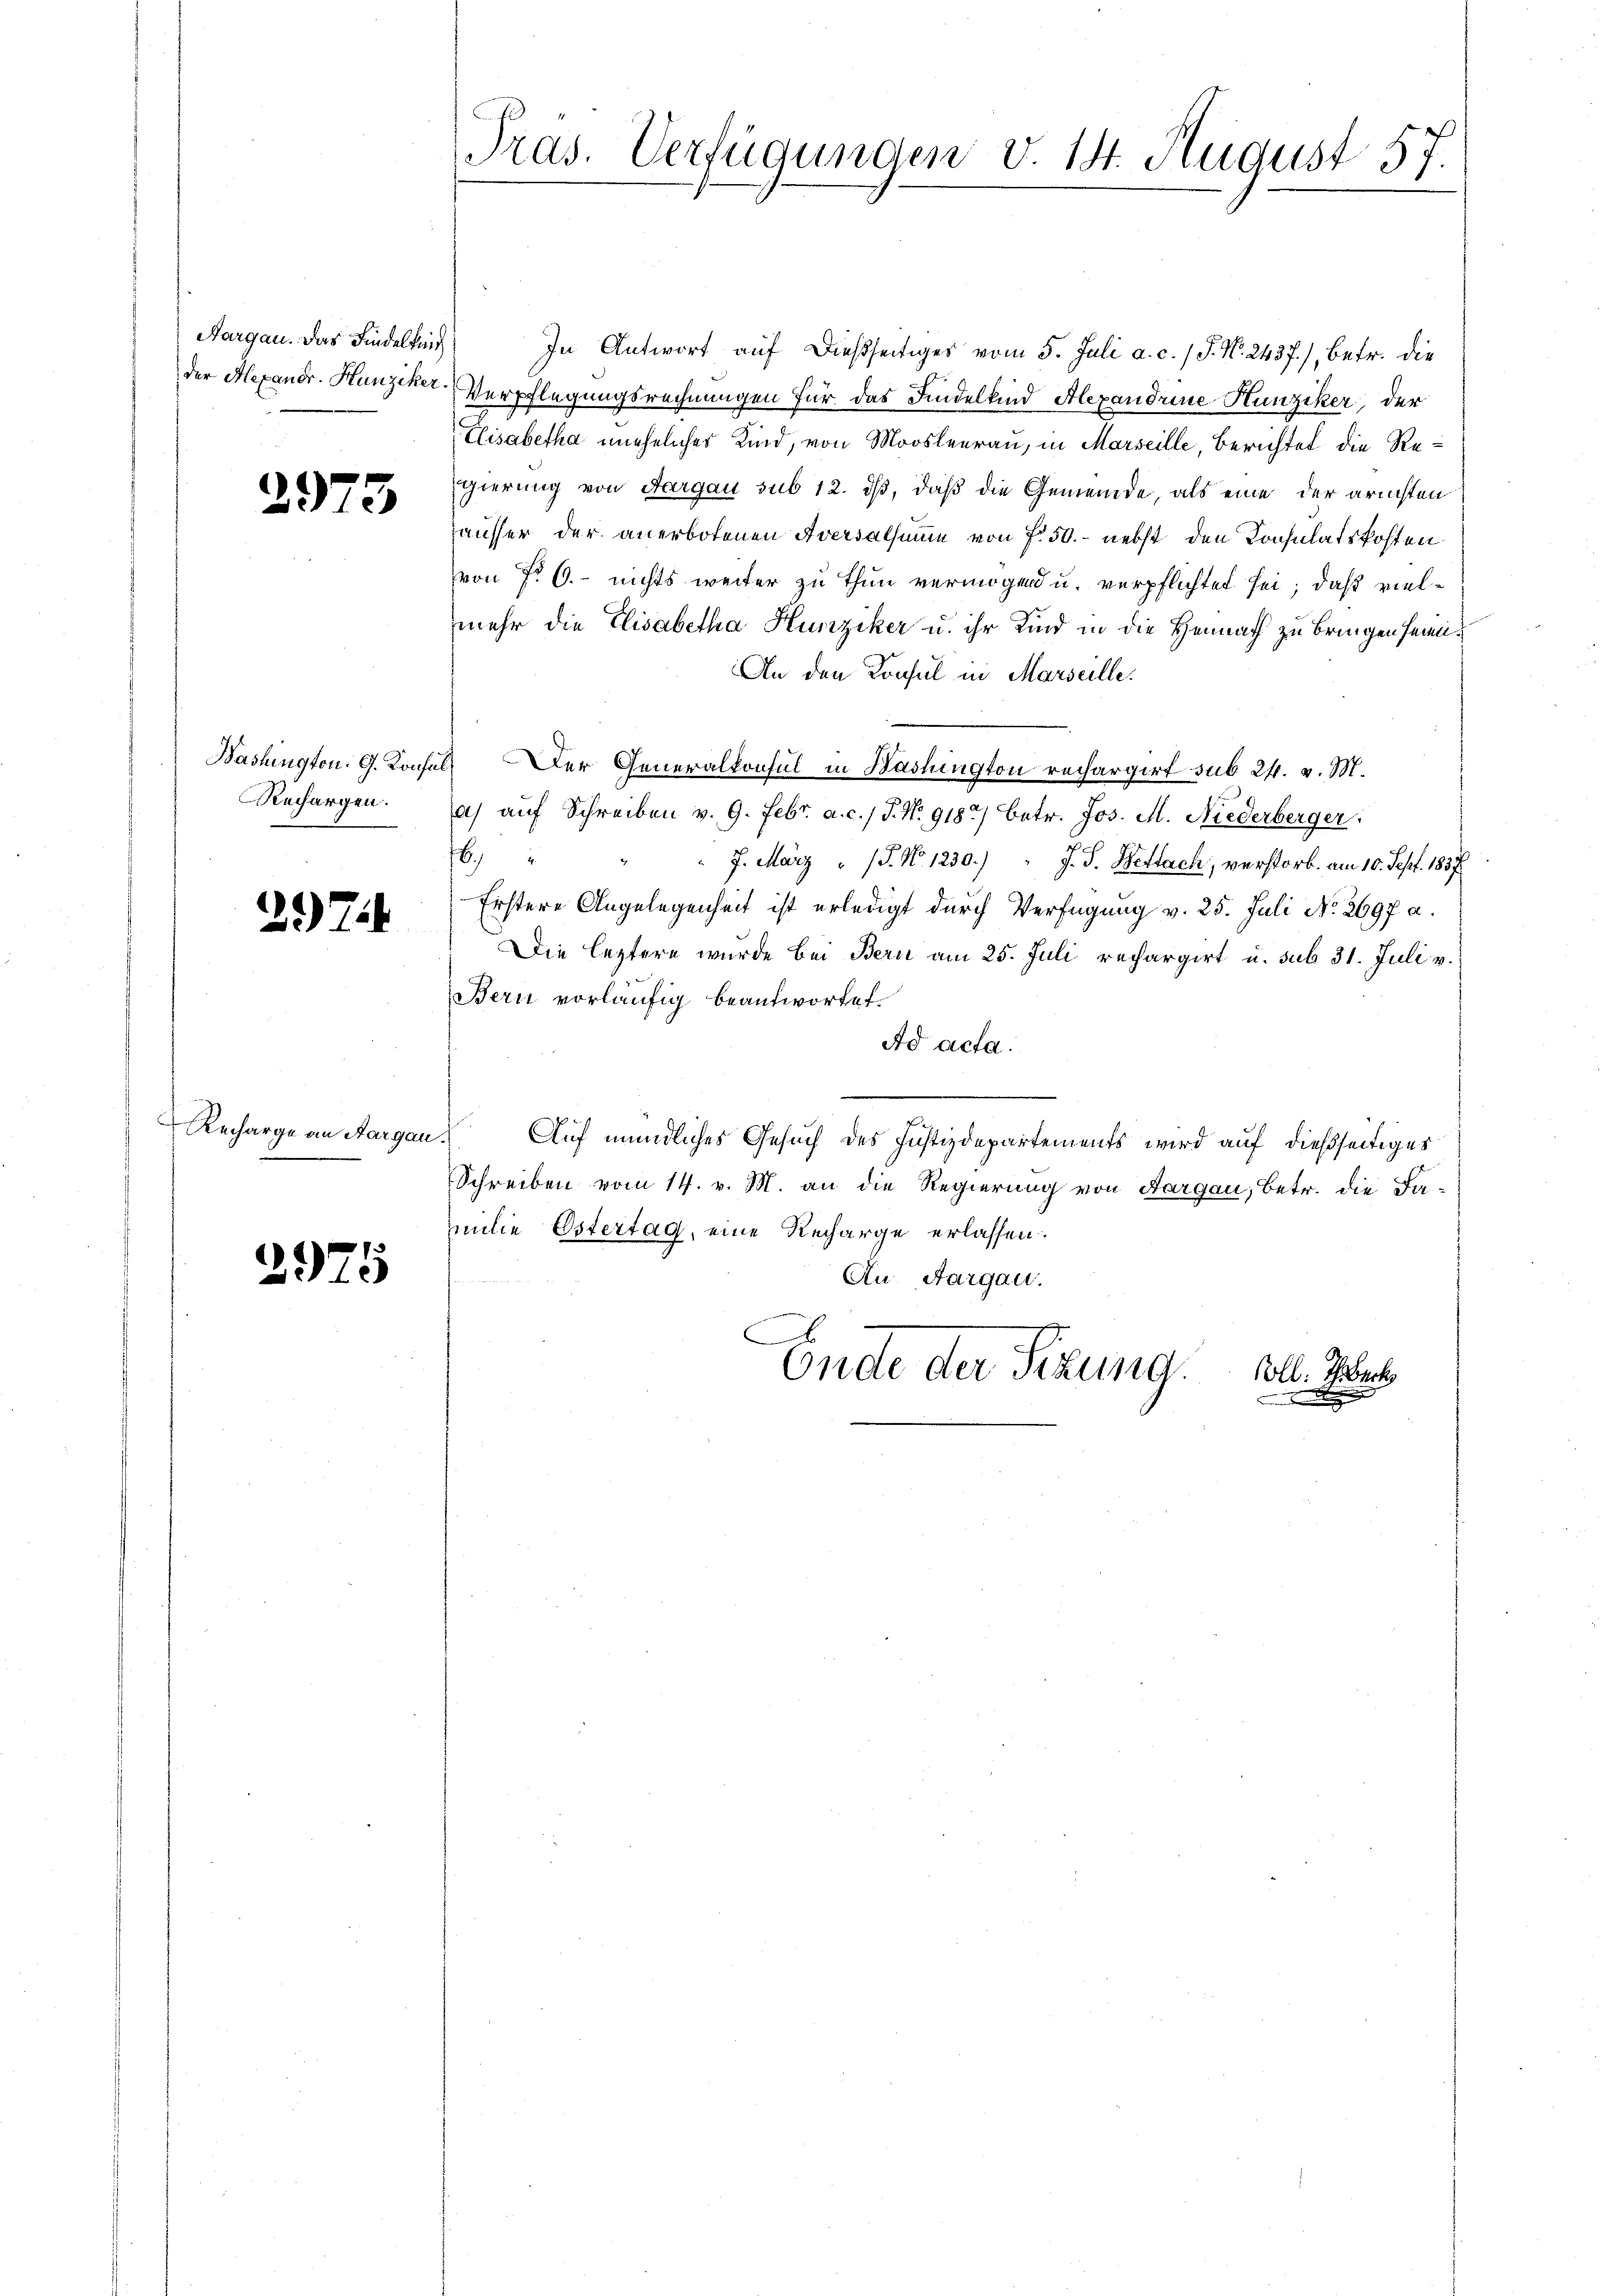
Aargau. Das Findelkind
der Hexandr. Hunziker

2973

Bashington G. Konfu
Rechargen.

29) Z

Recharge in Aargau

2975

Pras. Verfügungen v. 14. August 57.

In Antwort auf dießseitiges vom 5. Juli a. c. / J. N. 2437), betr. die
Verpflegungsrechnungen für das Findelkind Alexandrine Hunziker, der
Elisabetha unehelicher Kind, von Moosleerau, in Marseille, Berichtet die Regierung von Aargau sub 12. ds, daß die Gemeinde, als eine der arichten
hausser der anerbotenen Aversalsumme von f. 50.- nebst den Konsulatskosten
von § 6. nichts weiter zu thun vermögen u. verpflichtet sei; daß vielmehr die Elisabetha Hunziker u. ihr Kind in die Heimath zu bringen heimi¬
An den Konsul in Marseille.
 Der Generalkonsul in Washington rechargirt sub 24. v. M.
a) auf Schreiben v. 9. Febr. a. c. / P. Nr. 91837 betr. Jos. M. Niederberger:
6
7. März " J. No. 1230.) " J. J. Bettach, verstorb. am 10. Sept. 1857
Erstere Angelegenheit ist erledigt durch Verfügung v. 25. Juli No 2697 a.
Die leztere wurde bei Bern am 25. Juli rechargirt u. sub 31. Juli v.
Bern vorläufig beantwortet
Ad acta.

f
Auf mündliches Gesuch des Justizdepartements wird auf dießseitiges
Schreiben vom 14. v. M. an die Regierung von Aargau, betr. die Fa-
milie Ostertag, eine Recharge erlassen.
An Aargau.
Ende der Sitzung.
ll. Ich back
a
d